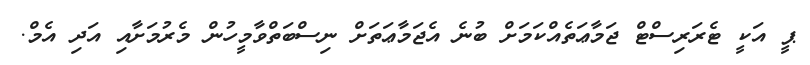
ޕީ އަކީ ޓެރަރިސްޓް ޖަމާޢަތެއްކަމަށް ބުނެ އެޖަމާޢަތަށް ނިސްބަތްވާމީހުން މެރުމަށާއި އަދި އެމް.